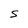
Character: S